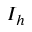
I _ { h }